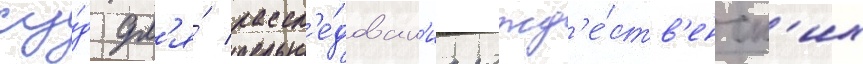
су́д дл'я́ рассл'е́дован'иа рожд'е́ств'енск'их